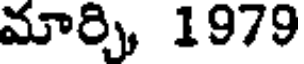
మార్చి 1979